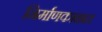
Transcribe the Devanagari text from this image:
निर्माणकाळात